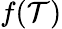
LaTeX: f(\mathcal{T})